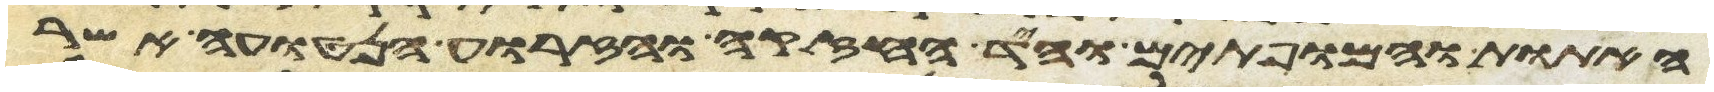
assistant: האתות והמופתים והיד החזקה והזרוע הנטויה אשר